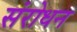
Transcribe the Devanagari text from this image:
संरोधन